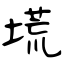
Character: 塃